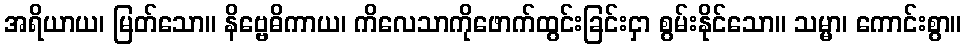
အရိယာယ၊ မြတ်သော။ နိဗ္ဗေဓိကာယ၊ ကိလေသာကိုဖောက်ထွင်းခြင်းငှာ စွမ်းနိုင်သော။ သမ္မာ၊ ကောင်းစွာ။